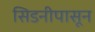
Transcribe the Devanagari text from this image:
सिडनीपासून